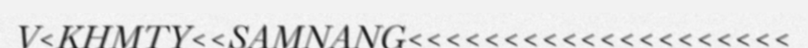
V<KHMTY<<SAMNANG<<<<<<<<<<<<<<<<<<<<